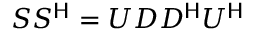
S S ^ { \mathsf { H } } = U D D ^ { \mathsf { H } } U ^ { \mathsf { H } }